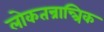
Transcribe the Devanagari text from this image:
लोकतन्रान्त्रिक